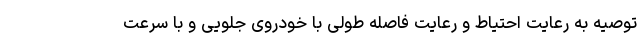
توصیه به رعایت احتیاط و رعایت فاصله طولی با خودروی جلویی و با سرعت